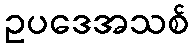
ဥပဒေအသစ်